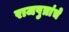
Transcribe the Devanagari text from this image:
राजपुत्रांचे